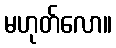
မဟုတ်လော။